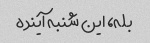
بله، این شنبه آینده